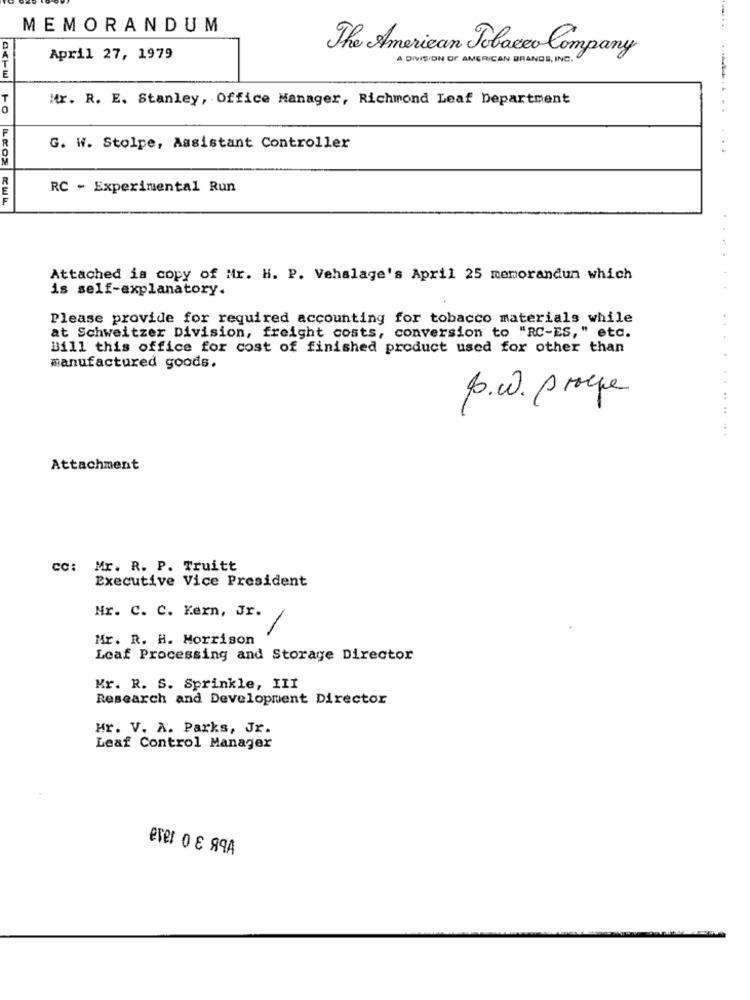
MEMORANDUM
The American Tobacco Company
April 27, 1979
A DIVISION OF AMERICAN BRANDS, INC.
E
Mr. R. E. Stanley, Office Manager, Richmond Leaf Department
..........
G. W. Stolpe, Assistant Controller
...
RC - Experimental Run
Attached is copy of Mr. H. P. Vehalage's April 25 memorandun which
is self-explanatory.
Please provide for required accounting for tobacco materials while
at Schweitzer Division, freight costs, conversion to "RC-ES," etc.
...
Bill this office for cost of finished product used for other than
manufactured goods.
p.w. prope
....
Attachment
cc: Mr. R. P. Truitt
Executive Vice President
Nr. C. C. Kern, Jr.
Mr. R. H. Morrison
Leaf Processing and Storage Director
Mr. R. S. Sprinkle, III
Research and Development Director
Hr. V. A. Parks, Jr.
Leaf Control Manager
ever 0 € 89A